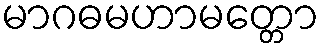
မာဂဓမဟာမတ္တော